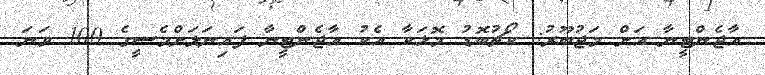
އާޖެންޓީނާ އަށް މަޖުބޫރު: ކޯޗުބޮޑު މޮޅަކާ އެކު އާޖެންޓީނާ ފައިނަލަށްމެސީގެ 100 ވަނަ